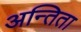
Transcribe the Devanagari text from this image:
अन्तिता